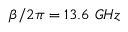
\beta / 2 \pi = 1 3 . 6 ~ G H z